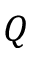
Q